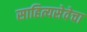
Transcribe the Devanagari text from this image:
साहित्यसेवेचा